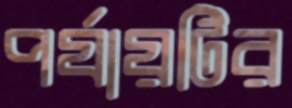
পর্যায়টির